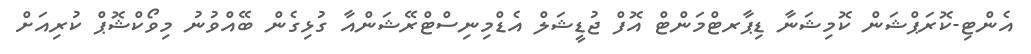
އެންޓި-ކޮރަޕްޝަން ކޮމިޝަނާ ޑިޕާރޓްމަންޓް އޮފް ޖުޑީޝަލް އެޑްމިނިސްޓްރޭޝަންއާ ގުޅިގެން ބޭއްވުނު މިވޯކްޝޮޕް ކުރިއަށް